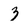
Character: 3